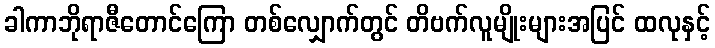
ခါကာဘိုရာဇီတောင်ကြော တစ်လျှောက်တွင် တိဗက်လူမျိုးများအပြင် ထလုနှင့်